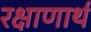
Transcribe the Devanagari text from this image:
रक्षाणार्थ